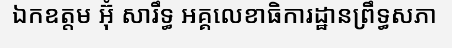
ឯកឧត្តម អ៊ុំ សារឹទ្ធ អគ្គលេខាធិការដ្ឋានព្រឹទ្ធសភា